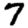
Digit: 7